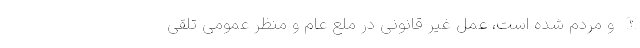
الله و مردم شده است، عمل غیر قانونی در ملع عام و منظر عمومی تلقی